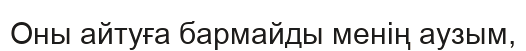
Оны айтуға бармайды менің аузым,